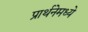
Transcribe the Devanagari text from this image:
प्रार्थनेमध्ये